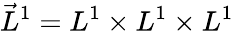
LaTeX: \vec{L}^{1}=L^{1}\times L^{1}\times L^{1}